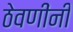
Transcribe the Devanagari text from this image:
ठेवणींनी